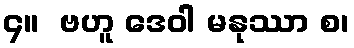
၄။  ဗဟူ ဒေဝါ မနုဿာ စ၊